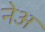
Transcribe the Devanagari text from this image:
नेअ